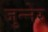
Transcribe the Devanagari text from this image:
जुन्नेर